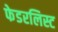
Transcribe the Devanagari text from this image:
फेडरलिस्ट